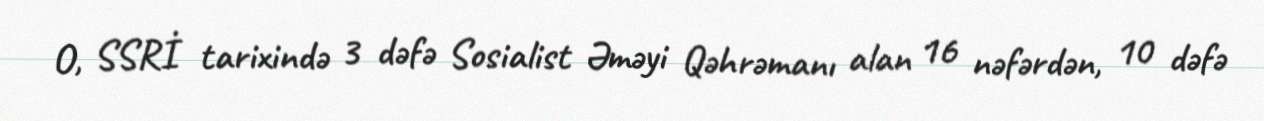
O, SSRİ tarixində 3 dəfə Sosialist Əməyi Qəhrəmanı alan 16 nəfərdən, 10 dəfə